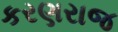
કરણરાજ